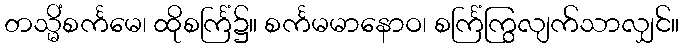
တသ္မိံစင်္ကမေ၊ ထိုစင်္ကြံ၌။ စင်္ကမမာနောဝ၊ စင်္ကြံကြွလျက်သာလျှင်။